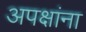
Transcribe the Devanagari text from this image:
अपक्षांना